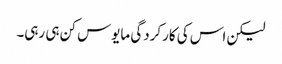
لیکن اس کی کارکردگی مایوس کن ہی رہی۔